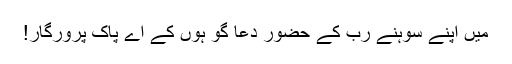
میں اپنے سوہنے رب کے حضور دعا گو ہوں کے اے پاک پرورگار!